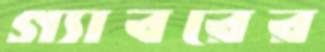
গ্যাবরের